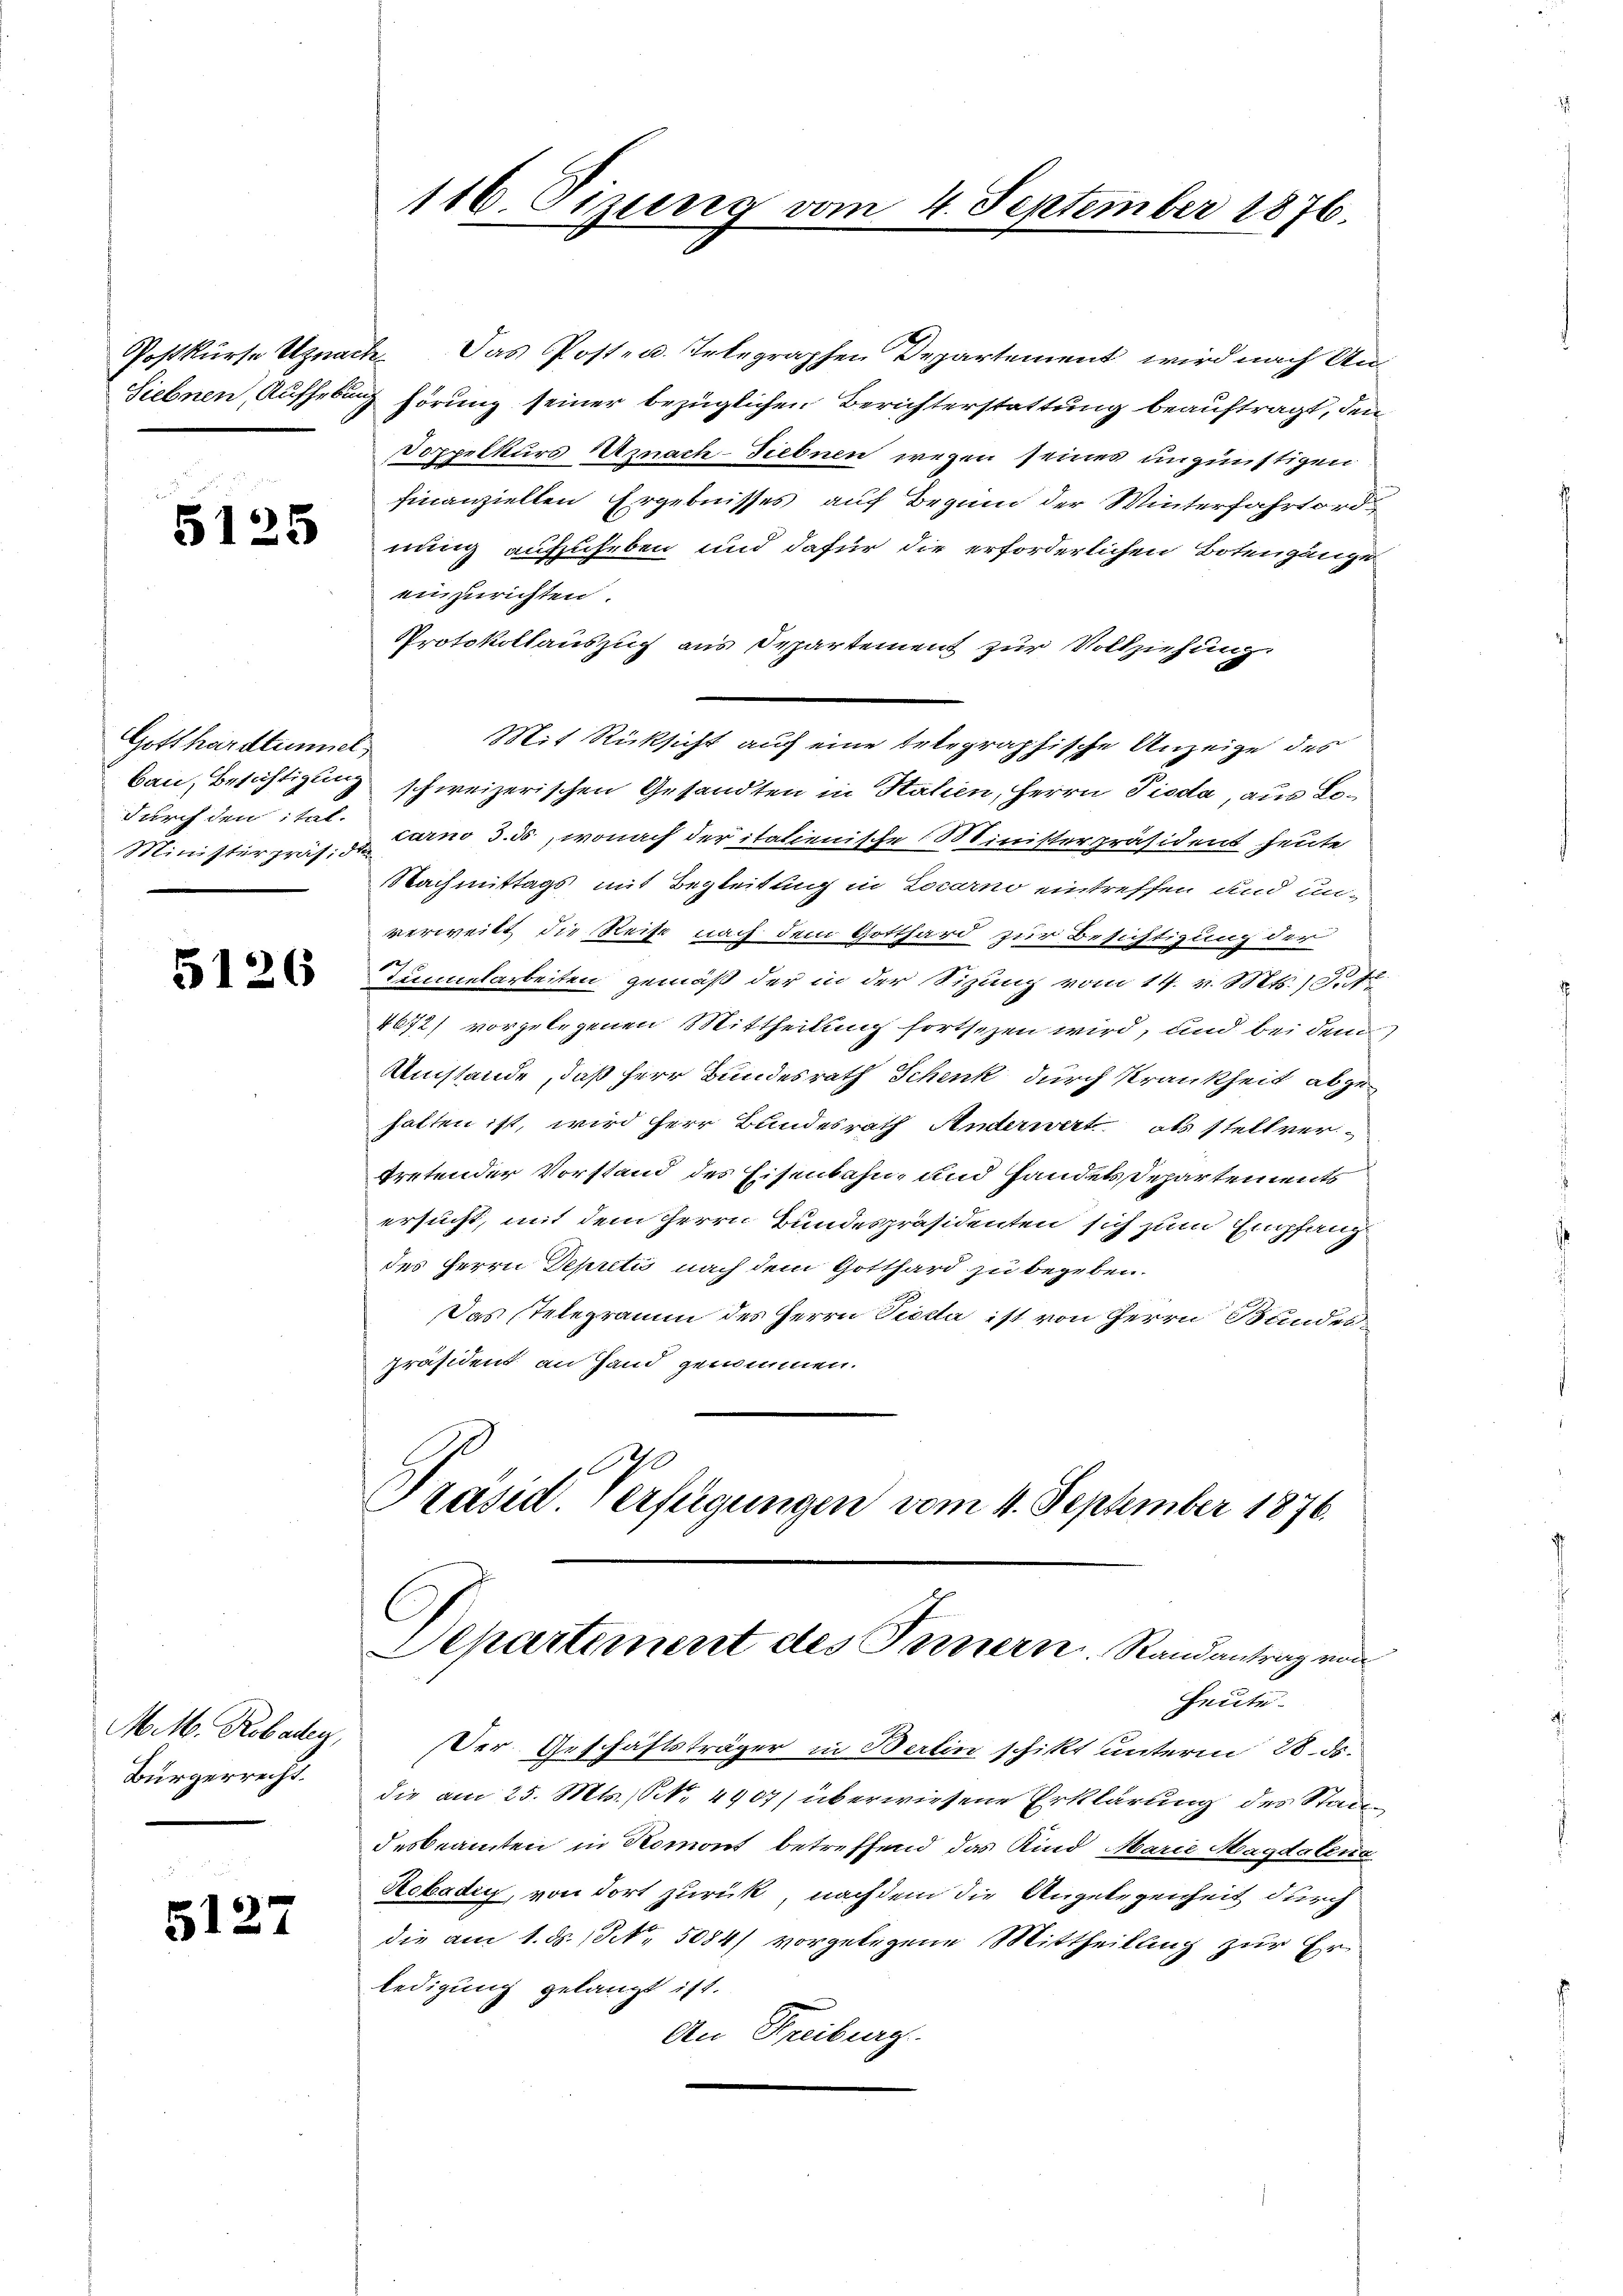
Siebnen, Aufhebun

5125

Gotthardtunner
bau, Besichtigung
durch den ital.

5126

M. M. Kobaden,
Bürgerrecht.

5127

116. Sizung vom 4. September 1876.

Postkurse Uznach. Das Posten. Telegraphen Departement wird nach Un¬
 hörung seiner bezüglichen Berichterstattung beauftragt, den
Doppelkurs Uznach-Tiebnen wegen seines ungünstigen
finanziellen Ergebnisses auf Beginn der Winterfahrtordnung aufzuheben und dafür die erforderlichen Botengänge
einzurichten.
Protokollauszug aus Departement zur Vollziehung.
Mit Rücksicht auf eine telegraphische Anzeige des
schweizerischen Gesandten in Stalien, Herrn Pioda, aus Lo¬
Ministerpräs. 3. Tarno 3. ds., wonach der italienische Ministerpräsident heute
Nachmittags mit Begleitung in Locarno eintreffen und un-
verweilt die Reise nach dem Gotthard zur Besichtigung der
Teuelarbeiten gemäß der in der Sizung vom 14. v. Mts. Tit
4672) vorgelegenen Mittheilung fortsezen wird, und bei dem
Umstände, daß Herr Bundesrath Schenk durch Krankheit abgehalten ist, wird herr Bundesrath Anderwert als stellver-
tretender Vorstand des Eisenbahn, und Handels Departements
ersucht, mit dem Herrn Bundespräsidenten sich zum Empfang
des Herrn Depretis nach dem Gotthard zu begeben.
Das Telegramm des Herrn Vieda ist von Herrn Bundes-
präsident an Hand genommen.
.
Präsid. erfügungen vom 4. September 1876.

Departement des Fernern. Randantrag von

Heute.
Der Geschäftsträger in Berlin schikt unterm 28. ds.
die am 25. Mts., NNo. 4907) überwiesene Erklärung des Stadtdesbeamten in Romont betreffend das Kind Marie Magdalena
Rebadin, von dort zurück, nachdem die Angelegenheit durch
die am 1. ds., Nr. 5084/ vorgelegene Mittheilung zur Erledigung gelangt ist.
An Freiburg.